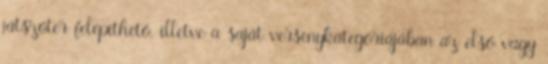
játszótér felépíthető, illetve a saját versenykategóriájában az első vagy